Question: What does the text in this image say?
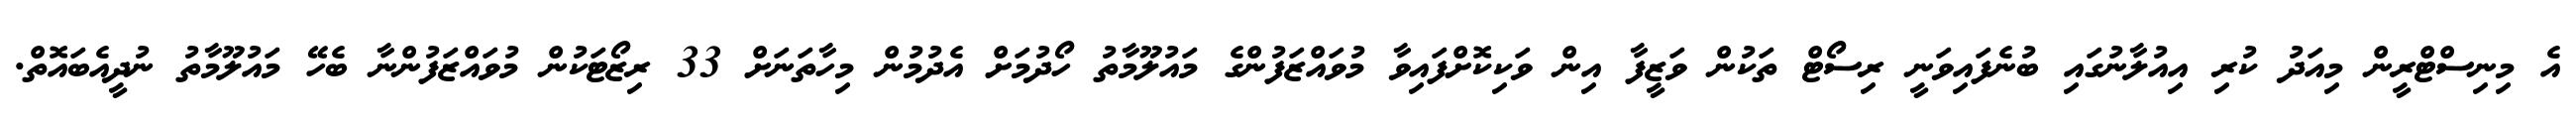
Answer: އެ މިނިސްޓްރީން މިއަދު ކުރި އިއުލާނުގައި ބުނެފައިވަނީ ރިސޯޓް ތަކުން ވަޒީފާ އިން ވަކިކޮށްފައިވާ މުވައްޒަފުންގެ މައުލޫމާތު ހޯދުމަށް އެދުމުން މިހާތަނަށް 33 ރިޒޯޓަކުން މުވައްޒަފުންނާ ބެހޭ މައުލޫމާތު ނުދީއެބައޮތް.